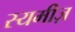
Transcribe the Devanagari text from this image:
स्यमीज़